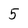
Character: 5